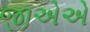
જીએએ